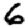
Digit: 6